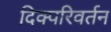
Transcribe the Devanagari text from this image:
दिक्परिवर्तन